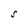
Character: S